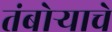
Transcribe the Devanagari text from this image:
तंबोऱ्याचे